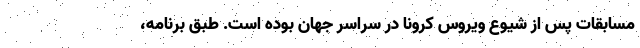
مسابقات پس از شیوع ویروس کرونا در سراسر جهان بوده است. طبق برنامه،